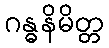
ဂန္ဓနိမိတ္တ